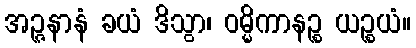
အဉ္ဇနာနံ ခယံ ဒိသွာ၊ ဝမ္မိကာနဉ္စ ယဉ္စယံ။